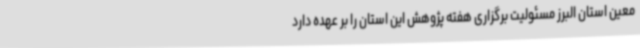
معین استان البرز مسئولیت برگزاری هفته پژوهش این استان را بر عهده دارد